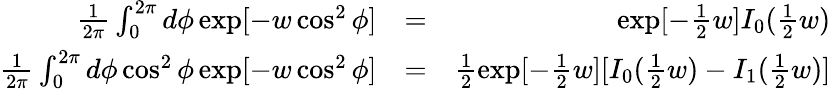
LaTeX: \begin{array}{rlr}{\frac{1}{2\pi}\int_{0}^{2\pi}d\phi\exp[-w\cos^{2}\phi]}&{=}&{\exp[-\frac{1}{2}w]I_{0}(\frac{1}{2}w)}\\ {\frac{1}{2\pi}\int_{0}^{2\pi}d\phi\cos^{2}\phi\exp[-w\cos^{2}\phi]}&{=}&{\frac{1}{2}\exp[-\frac{1}{2}w][I_{0}(\frac{1}{2}w)-I_{1}(\frac{1}{2}w)]}\end{array}